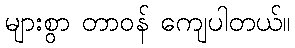
များစွာ တာဝန် ကျေပါတယ်။